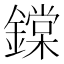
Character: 鏿